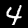
Label: 4